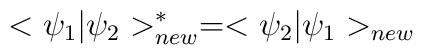
<\psi_1|\psi_2>^*_{new}=<\psi_2|\psi_1>_{new}